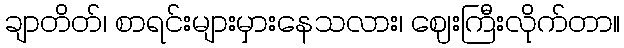
ချာတိတ်၊ စာရင်းများမှားနေသလား၊ ဈေးကြီးလိုက်တာ။